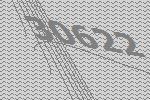
30622